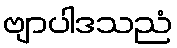
ဗျာပါဒသညံ